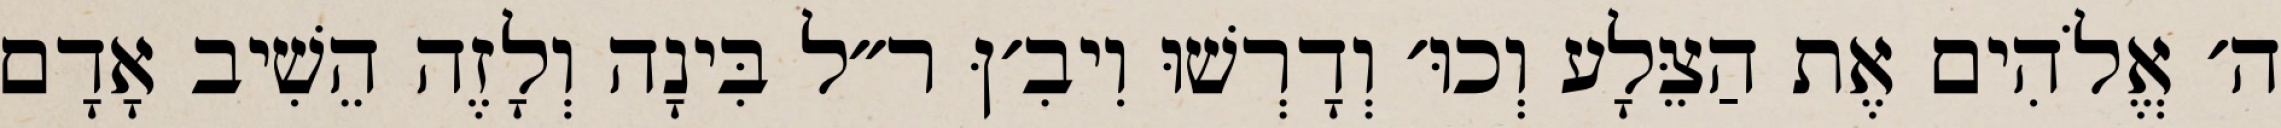
ה׳ אֱלֹהִים אֶת הַצֵּלָע וְכוּ׳ וְדָרְשׁוּ וִיבִ׳ןּ ר״ל בִּינָה וְלָזֶה הֵשִׁיב אָדָם